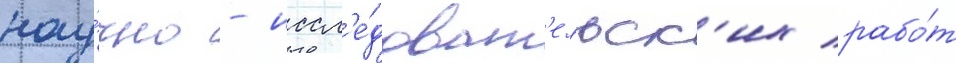
нау́чно - иссл'е́доват'ельск'их рабо́т